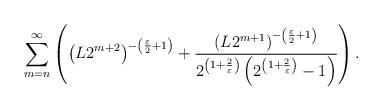
LaTeX: \begin{align*}\sum_{m=n}^{\infty }\left( \left( L2^{m+2}\right) ^{-\left( \frac{\varepsilon }{2}+1\right) }+\frac{\left( L2^{m+1}\right) ^{-\left( \frac{\varepsilon }{2}+1\right) }}{2^{\left( 1+\frac{2}{\varepsilon }\right)}\left( 2^{\left( 1+\frac{2}{\varepsilon }\right) }-1\right) }\right) .\end{align*}